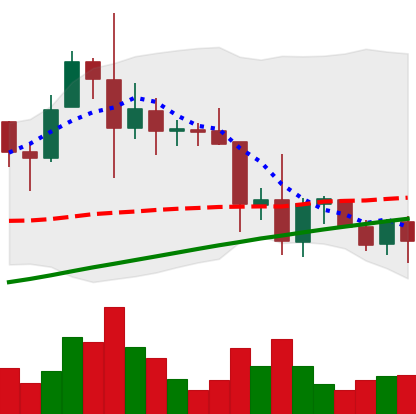
Ticker: XRP-USD
Chart end date: 2021-11-24
Forward return: -4.809%
Label: down_3_5